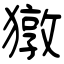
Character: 獤